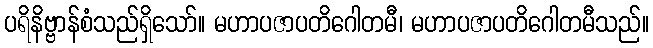
ပရိနိဗ္ဗာန်စံသည်ရှိသော်။ မဟာပဇာပတိဂေါတမီ၊ မဟာပဇာပတိဂေါတမီသည်။